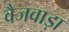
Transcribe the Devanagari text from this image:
वैजवाड़ा